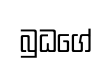
බුධගේ